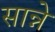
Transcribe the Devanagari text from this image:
सान्ने